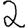
Digit: 2